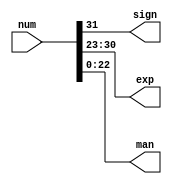
module split(input [31:0]num, output sign, output [7:0]exp, output [22:0]man);  

    assign sign = num[31];
    assign exp =  num[30:23];
    assign man = num[22:0];
    
endmodule